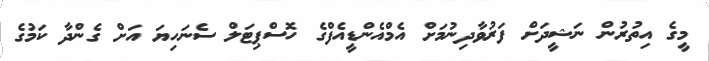
މީގެ އިތުރުން ނަޝީދަށް ފަރުވާދިނުމަށް އެމްއެންޑީއެފްގެ ހޮސްޕިޓަލް ސެނަހިޔަ އަށް ގެންދާ ކަމުގެ